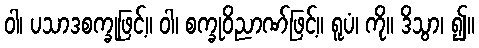
ဝါ၊ ပသာဒစက္ခုဖြင့်။ ဝါ၊ စက္ခုဝိညာဏ်ဖြင့်။ ရူပံ၊ ကို။ ဒိသွာ၊ ၍။